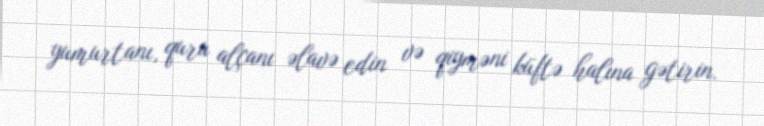
yumurtanı, quru alçanı əlavə edin və qiyməni küftə halına gətirin.